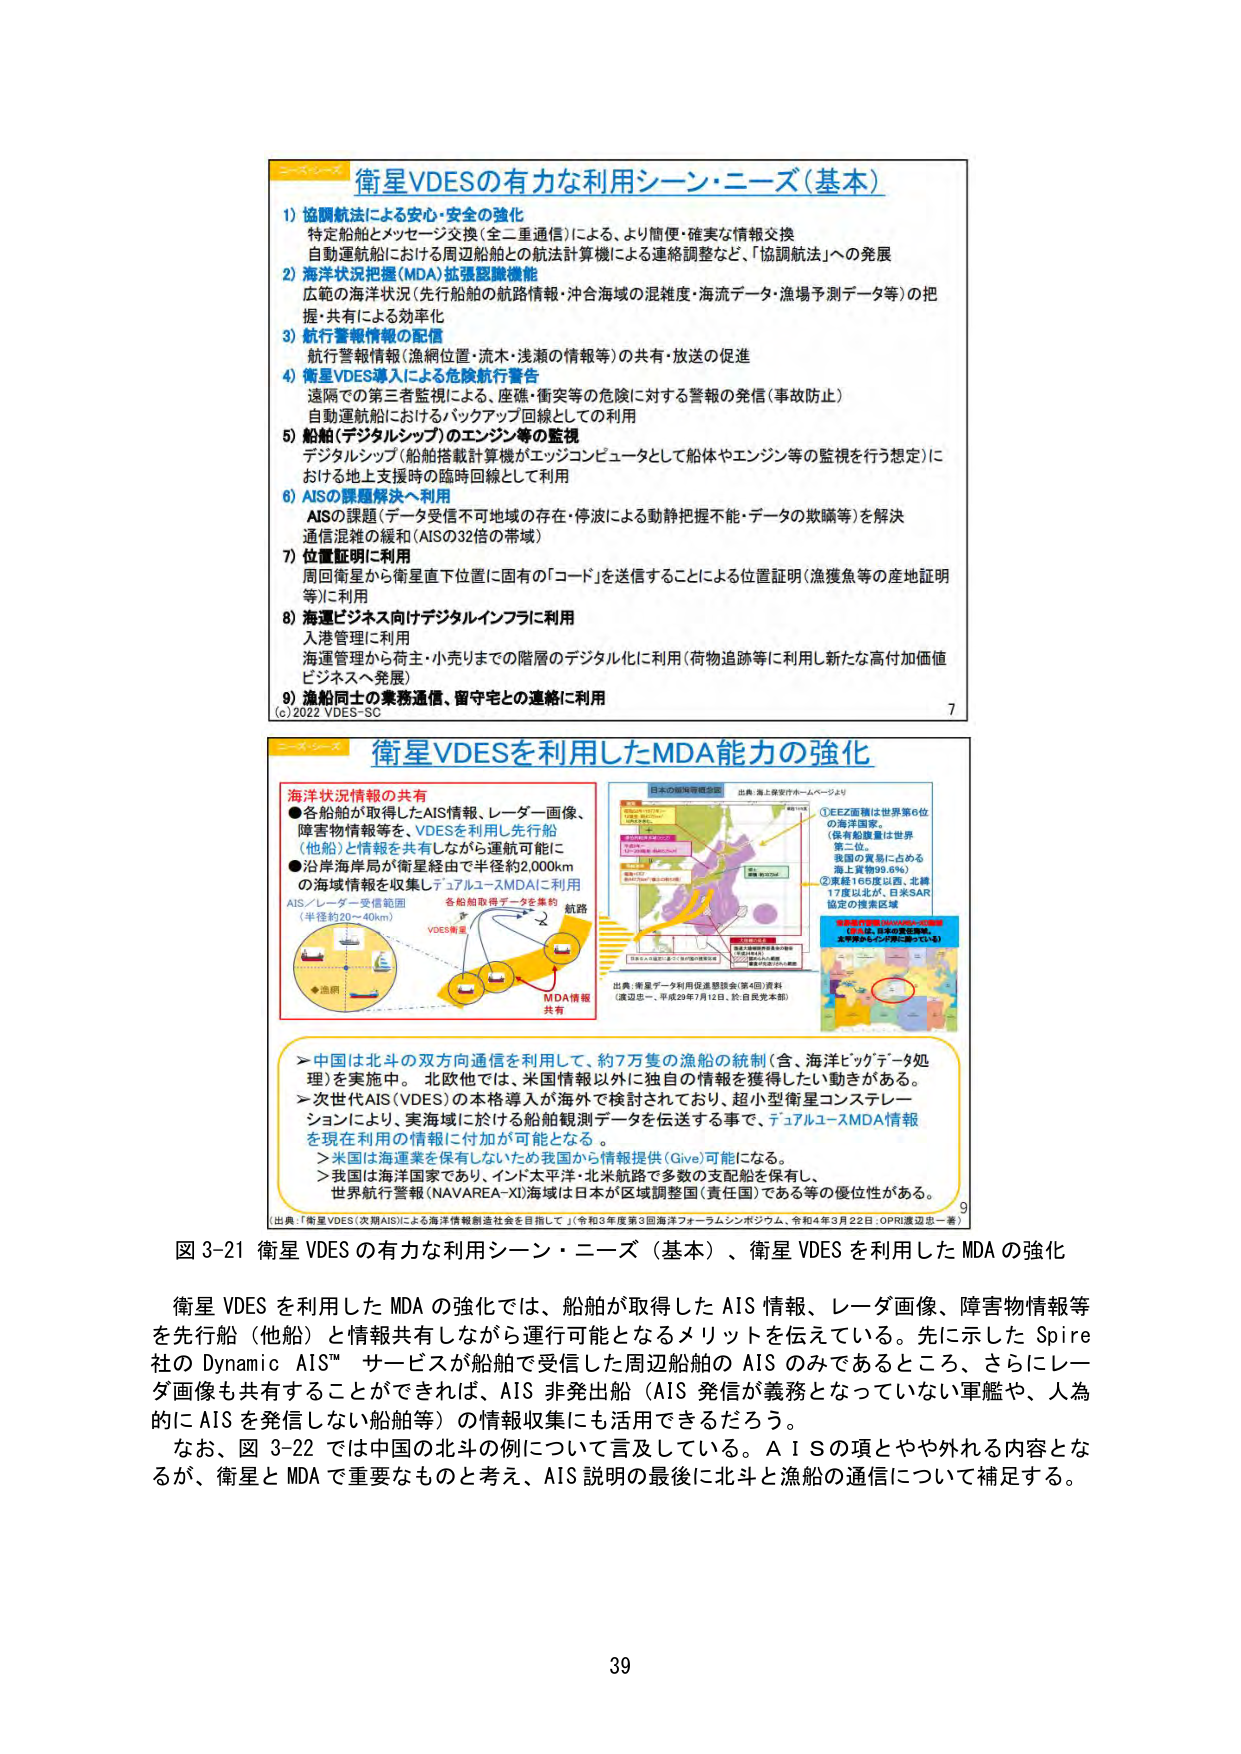
衛星VDESの有力な利用シーン・ニーズ（基本）

1) 協調航法による安心・安全の強化
特定船舶とメッセージ交換（全二重通信）による、より簡便・確実な情報交換
自動運航船における周辺船舶との航法計算機による連絡調整など、「協調航法」への発展

2) 海洋状況把握（MDA）拡張認識機能
広範の海洋状況（先行船舶の航路情報・沖合海域の混雑度・海流データ・漁場予測データ等）の把握・共有による効率化

3) 航行警報情報の配信
航行警報情報（漁網位置・流木・浅瀬の情報等）の共有・放送の促進

4) 衛星VDES導入による危険航行警告
遠隔での第三者監視による、座礁・衝突等の危険に対する警報の発信（事故防止）
自動運航船におけるバックアップ回線としての利用

5) 船舶（デジタルシップ）のエンジン等の監視
デジタルシップ（船舶搭載計算機がエッジコンピュータとして船体やエンジン等の監視を行う想定）における地上支援時の臨時回線として利用

6) AISの課題解決へ利用
AISの課題（データ受信不可地域の存在・停波による動静把握不能・データの欺瞞等）を解決
通信混雑の緩和（AISの32倍の帯域）

7) 位置証明に利用
周回衛星から衛星直下位置に固有の「コード」を送信することによる位置証明（漁獲魚等の産地証明等）に利用

8) 海運ビジネス向けデジタルインフラに利用
入港管理に利用
海運管理から荷主・小売りまでの階層のデジタル化に利用（荷物追跡等に利用し新たな高付加価値ビジネスへ発展）

9) 漁船同士の業務通信、留守宅との連絡に利用

(c)2022 VDES-SC 7

衛星VDESを利用したMDA能力の強化

海洋状況情報の共有
● 各船舶が取得したAIS情報、レーダー画像、障害物情報等を、VDESを利用し先行船（他船）と情報を共有しながら運航可能に
● 沿岸海保局が衛星経由で半径約2,000kmの海域情報を収集しデュアルユーザMDAに利用

AIS／レーダー受信範囲（半径約20～40km）
各船舶取得データを集約
VDES衛星
航路
MDA情報共有

日本の海域等概況図
出典：海上保安庁ホームページより

① EEZ面積は世界第6位の海洋国家。
（保有船舶量は世界第二位。
我国の貿易に占める海上貿易99.6%）
② 東経165度以西、北緯17度以北が、日米SAR協定の捜索区域

赤色で囲まれているのは、国際的に日本が責任を負う海域。
北半球からイングランドに至っている。

出典：衛星データ利用促進懸談会（第4回）資料
（渡辺忠一、平成29年7月12日、於：自民党支部）

＞中国は北斗の双方向通信を利用して、約7万隻の漁船の統制（含、海洋ビッグデータ処理）を実施中。北斗他では、米国情報以外に独自の情報を獲得したい動きがある。
＞次世代AIS（VDES）の本格導入が海外で検討されており、超小型衛星コンステレーションにより、実海域に於ける船舶観測データを伝送する事で、デュアルユーザMDA情報を現在利用の情報に付加が可能となる。
＞米国は海運業を保有しないため我国から情報提供（Give）可能になる。
＞我国は海洋国家であり、インド太平洋・北米航路で多数の支配船を保有し、世界航行警報（NAVAREA-X）海域は日本が区域調整国（責任国）である等の優位性がある。

出典：「衛星VDES（次期AIS）による海洋情報創造社会を目指して」（令和3年度第3回海洋フォーラムシンポジウム、令和4年3月22日、OPRI渡辺忠一著） 9

図3-21 衛星VDESの有力な利用シーン・ニーズ（基本）、衛星VDESを利用したMDAの強化

衛星VDESを利用したMDAの強化では、船舶が取得したAIS情報、レーダー画像、障害物情報等を先行船（他船）と情報共有しながら運行可能となるメリットを伝えている。先に示したSpire社のDynamic AIS™サービスが船舶で受信した周辺船舶のAISのみであるところ、さらにレーダー画像も共有することができれば、AIS非発出船（AIS発信が義務となっていない軍艦や、人為的にAISを発信しない船舶等）の情報収集にも活用できるだろう。
なお、図3-22では中国の北斗の例について言及している。AISの項とやや外れる内容となるが、衛星とMDAで重要なものと考え、AIS説明の最後に北斗と漁船の通信について補足する。

39